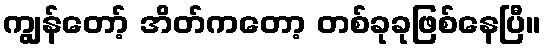
ကျွန်တော့် အိတ်ကတော့ တစ်ခုခုဖြစ်နေပြီ။